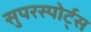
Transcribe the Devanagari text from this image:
सुपरस्पोर्ट्‌स